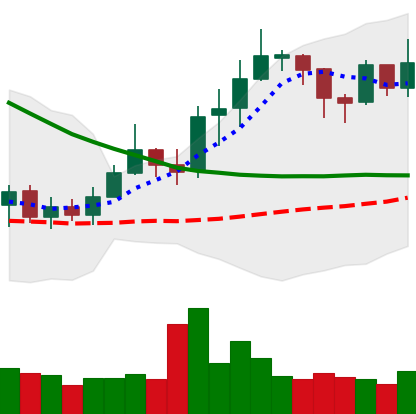
Ticker: ETC-USD
Chart end date: 2019-03-29
Forward return: 12.188%
Label: up_7plus